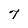
Character: 7